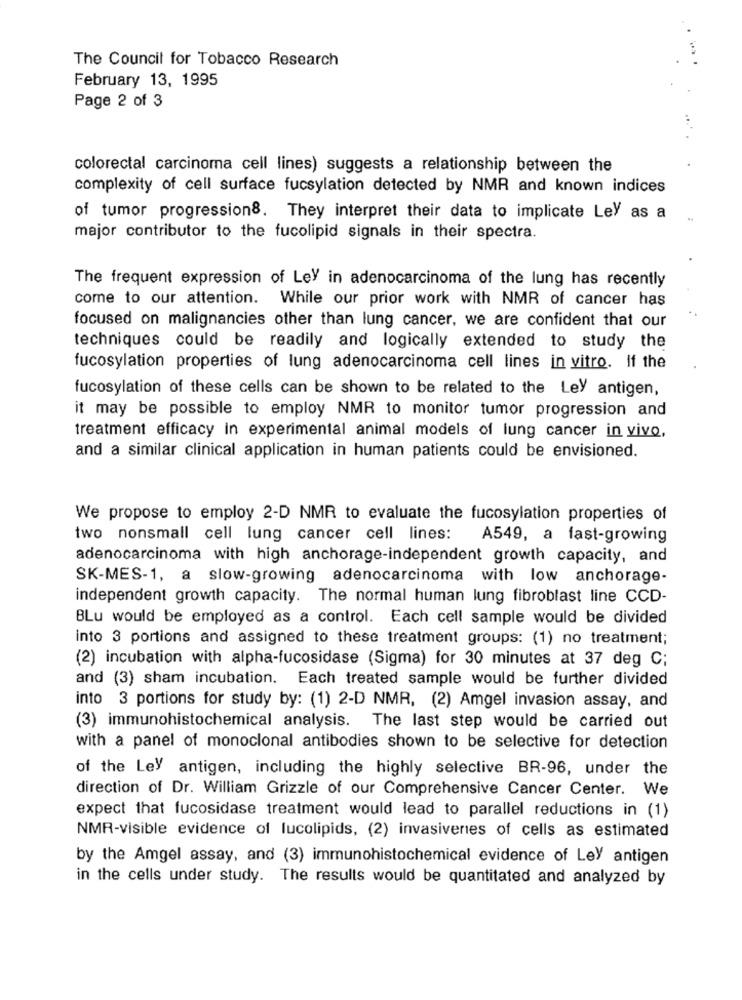
The Council for Tobacco Research
February 13, 1995
Page 2 of 3
colorectal carcinoma cell lines) suggests a relationship between the
complexity of cell surface fucsylation detected by NMR and known indices
of tumor progression8. They interpret their data to implicate Ley as a
major contributor to the fucolipid signals in their spectra.
The frequent expression of Ley in adenocarcinoma of the lung has recently
come to our attention. While our prior work with NMR of cancer has
focused on malignancies other than lung cancer, we are confident that our
techniques could be readily and logically extended to study the
fucosylation properties of lung adenocarcinoma cell lines in vitro. If the
fucosylation of these cells can be shown to be related to the Ley antigen,
it may be possible to employ NMR to monitor tumor progression and
treatment efficacy in experimental animal models of lung cancer in vivo,
and a similar clinical application in human patients could be envisioned.
We propose to employ 2-D NMR to evaluate the fucosylation properties of
two nonsmall cell lung cancer cell lines:
A549, a fast-growing
adenocarcinoma with high anchorage-independent growth capacity, and
SK-MES-1, a slow-growing adenocarcinoma with low anchorage-
independent growth capacity. The normal human lung fibroblast line CCD-
BLu would be employed as a control. Each cell sample would be divided
into 3 portions and assigned to these treatment groups: (1) no treatment;
(2) incubation with alpha-fucosidase (Sigma) for 30 minutes at 37 deg C;
and (3) sham incubation. Each treated sample would be further divided
into 3 portions for study by: (1) 2-D NMR, (2) Amgel invasion assay, and
(3) immunohistochemical analysis. The last step would be carried out
with a panel of monoclonal antibodies shown to be selective for detection
of the Ley antigen, including the highly selective BR-96, under the
direction of Dr. William Grizzle of our Comprehensive Cancer Center. We
expect that fucosidase treatment would lead to parallel reductions in (1)
NMR-visible evidence of lucolipids, (2) invasiveries of cells as estimated
by the Amgel assay, and (3) immunohistochemical evidence of Ley antigen
in the cells under study. The results would be quantitated and analyzed by